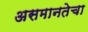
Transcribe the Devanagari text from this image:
असमानतेचा